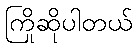
ကြိုဆိုပါတယ်